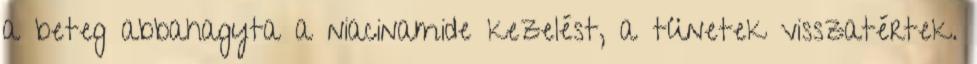
a beteg abbahagyta a niacinamide kezelést, a tünetek visszatértek.